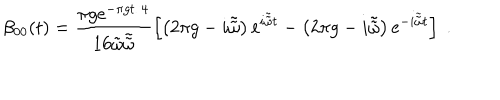
\beta _ { 0 0 } ( t ) = \frac { \pi g \mathrm { e } ^ { - \pi g t / 4 } } { 1 6 \tilde { \omega } \tilde { \tilde { \omega } } } \left[ \left( 2 \pi g - i \tilde { \tilde { \omega } } \right) \mathrm { e } ^ { i \tilde { \tilde { \omega } } t } - \left( 2 \pi g - i \tilde { \tilde { \omega } } \right) \mathrm { e } ^ { - i \tilde { \tilde { \omega } } t } \right] \; .